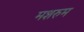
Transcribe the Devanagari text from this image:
मशरुम